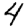
Digit: 4